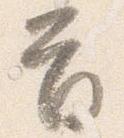
首